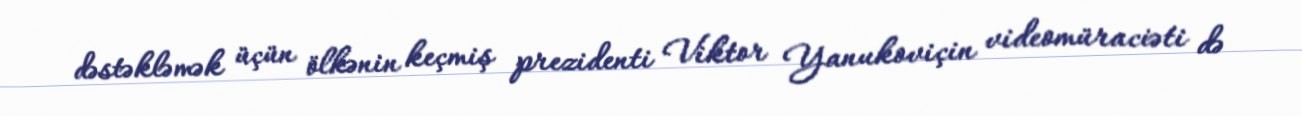
dəstəkləmək üçün ölkənin keçmiş prezidenti Viktor Yanukoviçin videomüraciəti də